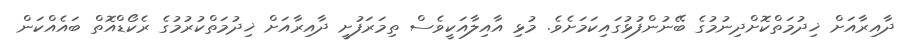
ދާއިރާއަށް ޚިދުމަތްކޮށްދިނުމުގެ ބޭނުންފުޅުގައިކަމަށެވެ. މުޅި އާއިލާއަކީވެސް ތިމަރަފުށީ ދާއިރާއަށް ޚިދުމަތްކުރުމުގެ ރެކޯޑްއޮތް ބައެއްކަން